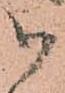
御